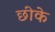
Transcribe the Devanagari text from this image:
छीके